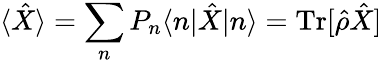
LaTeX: \langle\hat{X}\rangle=\sum_{n}P_{n}\langle n|\hat{X}|n\rangle=\mathrm{Tr}[\hat{\rho}\hat{X}]